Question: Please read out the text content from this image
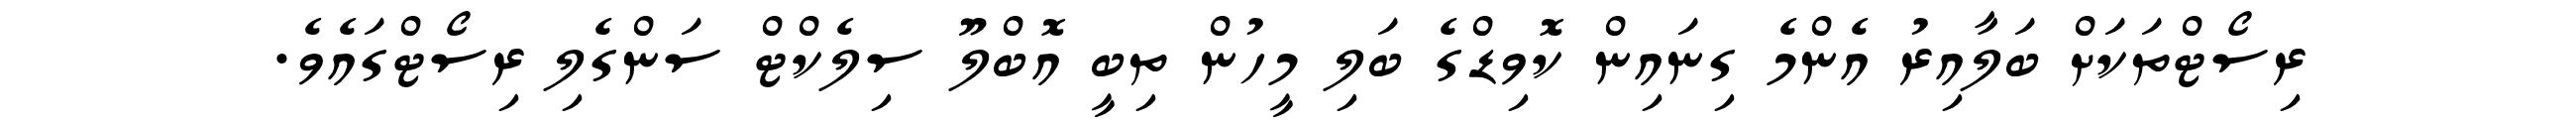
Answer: ރިސޯޓްތަކަށް ބަލާއިރު އެންމެ ގިނައިން ކޮވިޑްގެ ބަލި މީހުން ތިބީ އޮބްލޫ ސިލެކްޓް ސަންގެލި ރިސޯޓްގައެވެ.